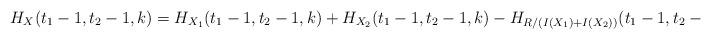
LaTeX: \begin{align*}H_X(t_1-1,t_2-1,k) = H_{X_1}(t_1-1,t_2-1,k) + H_{X_2}(t_1-1,t_2-1,k)- H_{R/(I(X_1)+I(X_2))}(t_1-1,t_2-1,k)\end{align*}